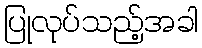
ပြုလုပ်သည့်အခါ